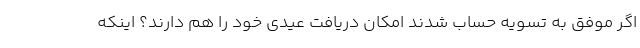
اگر موفق به تسویه حساب شدند امکان دریافت عیدی خود را هم دارند؟ اینکه